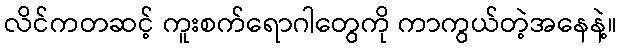
လိင်ကတဆင့် ကူးစက်ရောဂါတွေကို ကာကွယ်တဲ့အနေနဲ့။